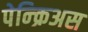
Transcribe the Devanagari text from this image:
पेन्क्रिअस